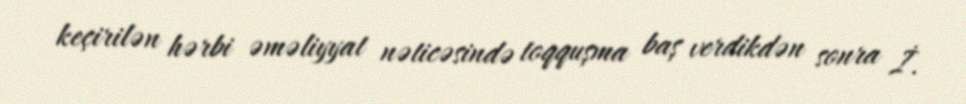
keçirilən hərbi əməliyyat nəticəsində toqquşma baş verdikdən sonra İ.